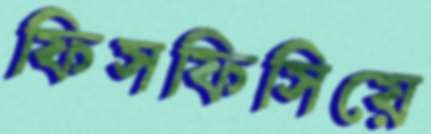
ফিসফিসিয়ে